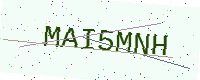
Text: MAI5MNH